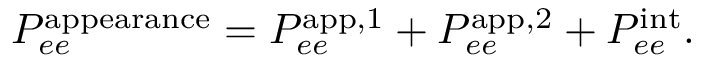
P _ { e e } ^ { \mathrm { a p p e a r a n c e } } = P _ { e e } ^ { \mathrm { a p p , 1 } } + P _ { e e } ^ { \mathrm { a p p , 2 } } + P _ { e e } ^ { \mathrm { i n t } } .